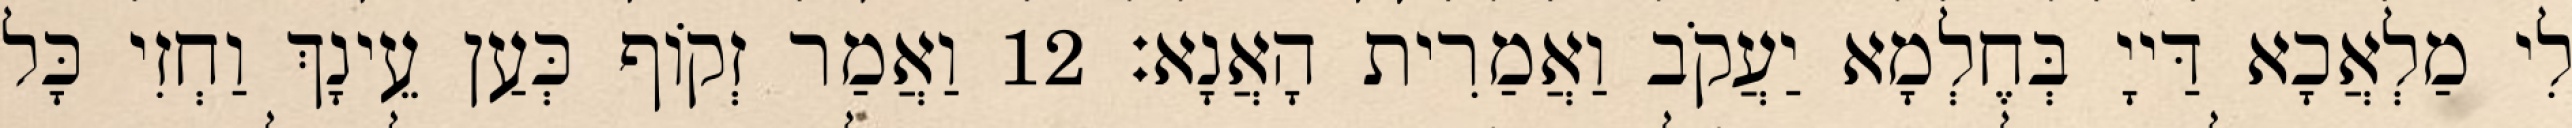
לִי מַלְאֲכָא דַּייָ בְּחֶלְמָא יַעֲקֹב וַאֲמַרִית הָאֲנָא׃ 12 וַאֲמַר זְקוֹף כְּעַן עֵינָךְ וַחְזִי כָּל